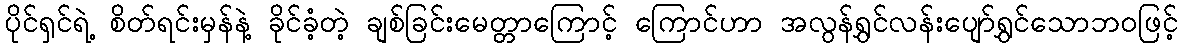
ပိုင်ရှင်ရဲ့ စိတ်ရင်းမှန်နဲ့ ခိုင်ခံ့တဲ့ ချစ်ခြင်းမေတ္တာကြောင့် ကြောင်ဟာ အလွန်ရွှင်လန်းပျော်ရွှင်သောဘဝဖြင့်